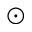
_ \odot